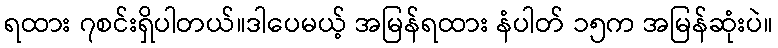
ရထား ၇စင်းရှိပါတယ်။ဒါပေမယ့် အမြန်ရထား နံပါတ် ၁၅က အမြန်ဆုံးပဲ။